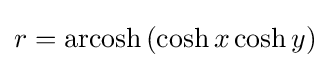
r=\operatorname {arcosh} \,(\cosh x\cosh y)